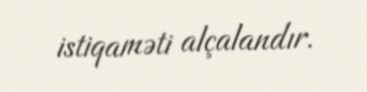
istiqaməti alçalandır.